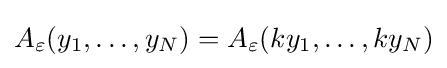
A_{\varepsilon }(y_{1},\ldots ,y_{N})=A_{\varepsilon }(ky_{1},\ldots ,ky_{N})